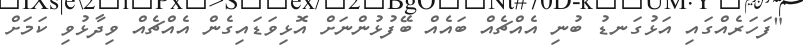
"ފަހަރެއްގައި އަޅުގަނޑު ބުނި އެއްޗެއް ބައެއް ބޭފުޅުންނަށް އޮޅިވަޑައިގެން އެއްޗެއް ވިދާޅުވި ކަމަށް